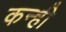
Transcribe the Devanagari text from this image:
कन्ही